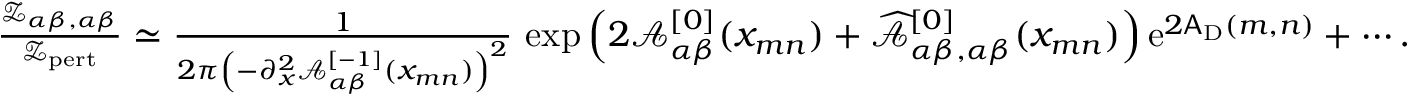
\begin{array} { r } { \frac { { \mathscr Z } _ { \alpha \beta , \alpha \beta } } { { \mathscr Z } _ { \mathrm { p e r t } } } \simeq \frac { 1 } { 2 \pi \left( - \partial _ { x } ^ { 2 } { \mathcal A } _ { \alpha \beta } ^ { [ - 1 ] } ( x _ { m n } ) \right) ^ { 2 } } \, \exp \left( 2 { \mathcal A } _ { \alpha \beta } ^ { [ 0 ] } ( x _ { m n } ) + \widehat { { \mathcal A } } _ { \alpha \beta , \alpha \beta } ^ { [ 0 ] } ( x _ { m n } ) \right) { \mathrm { e } } ^ { 2 \mathsf { A } _ { \mathrm { D } } ( m , n ) } + \cdots . } \end{array}